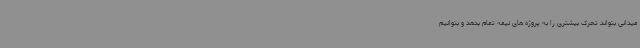
میدانی بتواند تحرک بیشتری را به پروژه های نیمه تمام بدهد و بتوانیم